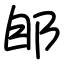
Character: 郋